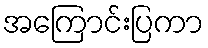
အကြောင်းပြကာ